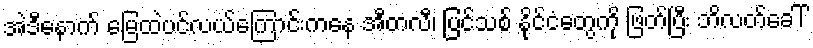
အဲဒီနောက် မြေထဲပင်လယ်ကြောင်းကနေ အီတလီ၊ ပြင်သစ် နိုင်ငံတွေကို ဖြတ်ပြီး ဘိလတ်ခေါ်